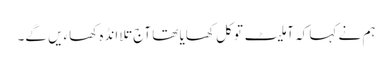
ہم نے کہا کہ آملیٹ تو کل کھایا تھا آج تلا انڈہ کھاءیں گے۔